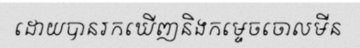
ដោយបានរកឃើញនិងកម្ទេចចោលមីន